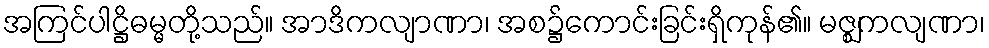
အကြင်ပါဋ္ဌိဓမ္မတို့သည်။ အာဒိကလျာဏာ၊ အစ၌ကောင်းခြင်းရှိကုန်၏။ မဇ္ဈကလျဏာ၊